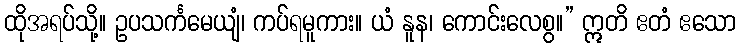
ထိုအရပ်သို့။ ဥပသင်္ကမေယျံ၊ ကပ်ရမူကား။ ယံ နူန၊ ကောင်းလေစွ။” ဣတိ ဧတံ ဧသော